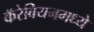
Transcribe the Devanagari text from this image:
कॅरेबियनमध्ये